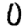
Digit: 0